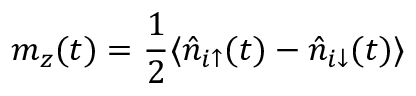
m _ { z } ( t ) = \frac { 1 } { 2 } \langle \hat { n } _ { i \uparrow } ( t ) - \hat { n } _ { i \downarrow } ( t ) \rangle